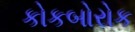
કોકબોરોક